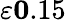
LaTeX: \varepsilon\le 0.15